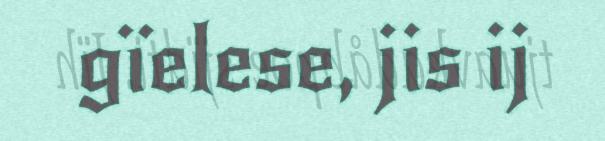
gïelese, jis ij